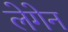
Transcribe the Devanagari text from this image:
लेगेन